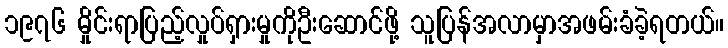
၁၉၇၆ မှိုင်းရာပြည့်လှုပ်ရှားမှုကိုဦးဆောင်ဖို့ သူပြန်အလာမှာအဖမ်းခံခဲ့ရတယ်။